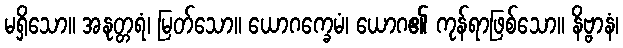
မရှိသော။ အနုတ္တရံ၊ မြတ်သော။ ယောဂက္ခေမံ၊ ယောဂ၏ ကုန်ရာဖြစ်သော။ နိဗ္ဗာနံ၊